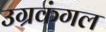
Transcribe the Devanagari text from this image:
उग्रकंगल